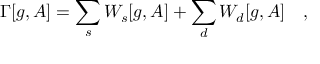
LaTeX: \Gamma [ g , A ] = \sum _ { s } W _ { s } [ g , A ] + \sum _ { d } W _ { d } [ g , A ] ~ ~ ~ ,